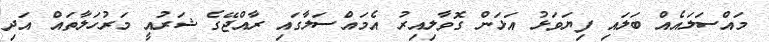
މައްސަލައެއް ބަލައި ފިޔަވަޅު އަޅަން ގޮވާލިއިރު އެމައްސަލާގައި ރާއްޖޭގެ ޝަރުއީ މަރުހަލާތައް އަދި